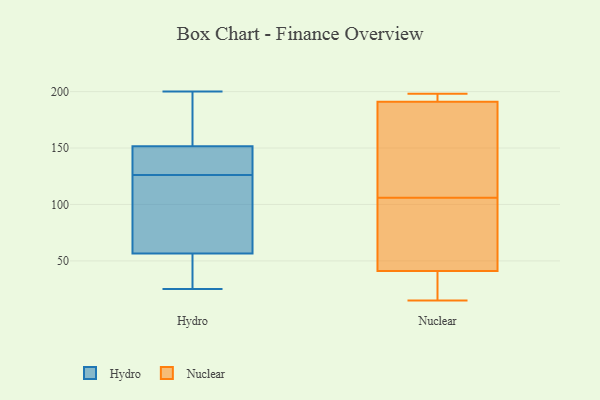
{"axis": {"x": "Website Visitors", "y": "Value"}, "legend": ["Hydro", "Nuclear"], "data": [{"x": "", "y": 140, "type": "Hydro"}, {"x": "", "y": 165, "type": "Hydro"}, {"x": "", "y": 200, "type": "Hydro"}, {"x": "", "y": 125, "type": "Hydro"}, {"x": "", "y": 157, "type": "Hydro"}, {"x": "", "y": 146, "type": "Hydro"}, {"x": "", "y": 25, "type": "Hydro"}, {"x": "", "y": 41, "type": "Hydro"}, {"x": "", "y": 127, "type": "Hydro"}, {"x": "", "y": 138, "type": "Hydro"}, {"x": "", "y": 39, "type": "Hydro"}, {"x": "", "y": 72, "type": "Hydro"}, {"x": "", "y": 186, "type": "Hydro"}, {"x": "", "y": 99, "type": "Hydro"}, {"x": "", "y": 40, "type": "Hydro"}, {"x": "", "y": 77, "type": "Hydro"}, {"x": "", "y": 198, "type": "Nuclear"}, {"x": "", "y": 127, "type": "Nuclear"}, {"x": "", "y": 82, "type": "Nuclear"}, {"x": "", "y": 92, "type": "Nuclear"}, {"x": "", "y": 15, "type": "Nuclear"}, {"x": "", "y": 191, "type": "Nuclear"}, {"x": "", "y": 120, "type": "Nuclear"}, {"x": "", "y": 191, "type": "Nuclear"}, {"x": "", "y": 40, "type": "Nuclear"}, {"x": "", "y": 41, "type": "Nuclear"}]}